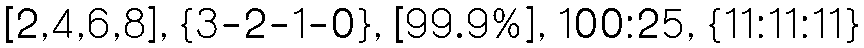
[2,4,6,8], {3-2-1-0}, [99.9%], 100:25, {11:11:11}